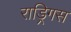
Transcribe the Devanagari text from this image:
राड्रिगस